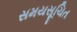
સમયસૂચિત